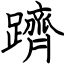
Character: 躋